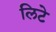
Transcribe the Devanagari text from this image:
लिटे